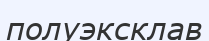
полуэксклав